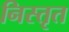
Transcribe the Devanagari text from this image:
निस्तृत